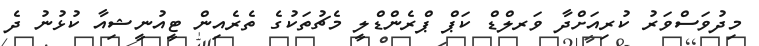
މިދުވަސްވަރު ކުރިއަށްދާ ވަރލްޑް ކަޕް ޕްރެންޑްލީ މެޗުތަކުގެ ތެރެއިން ޓީއުނީޝިއާ ކުޅުނު ދެ